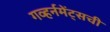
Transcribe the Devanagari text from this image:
गव्हर्नमेंट्सची